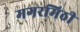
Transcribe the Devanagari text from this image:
मगरमिठी